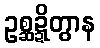
ဥစ္ဆဍ္ဍိတွာန